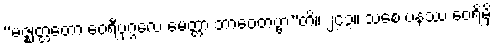
“မဇ္ဈတ္တတော ဝေရီပုဂ္ဂလေ မေတ္တာ ဘာဝေတဗ္ဗာ”တိ။ ၂၄၃။ သစေ ပနဿ ဝေရိမှိ